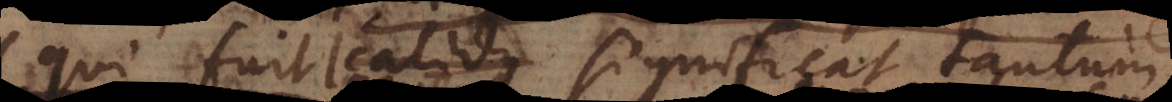
qui fuit calidus significat tantum